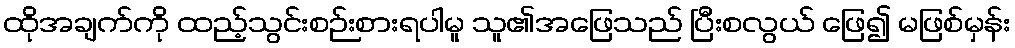
ထိုအချက်ကို ထည့်သွင်းစဉ်းစားရပါမူ သူ၏အဖြေသည် ပြီးစလွယ် ဖြေ၍ မဖြစ်မှန်း